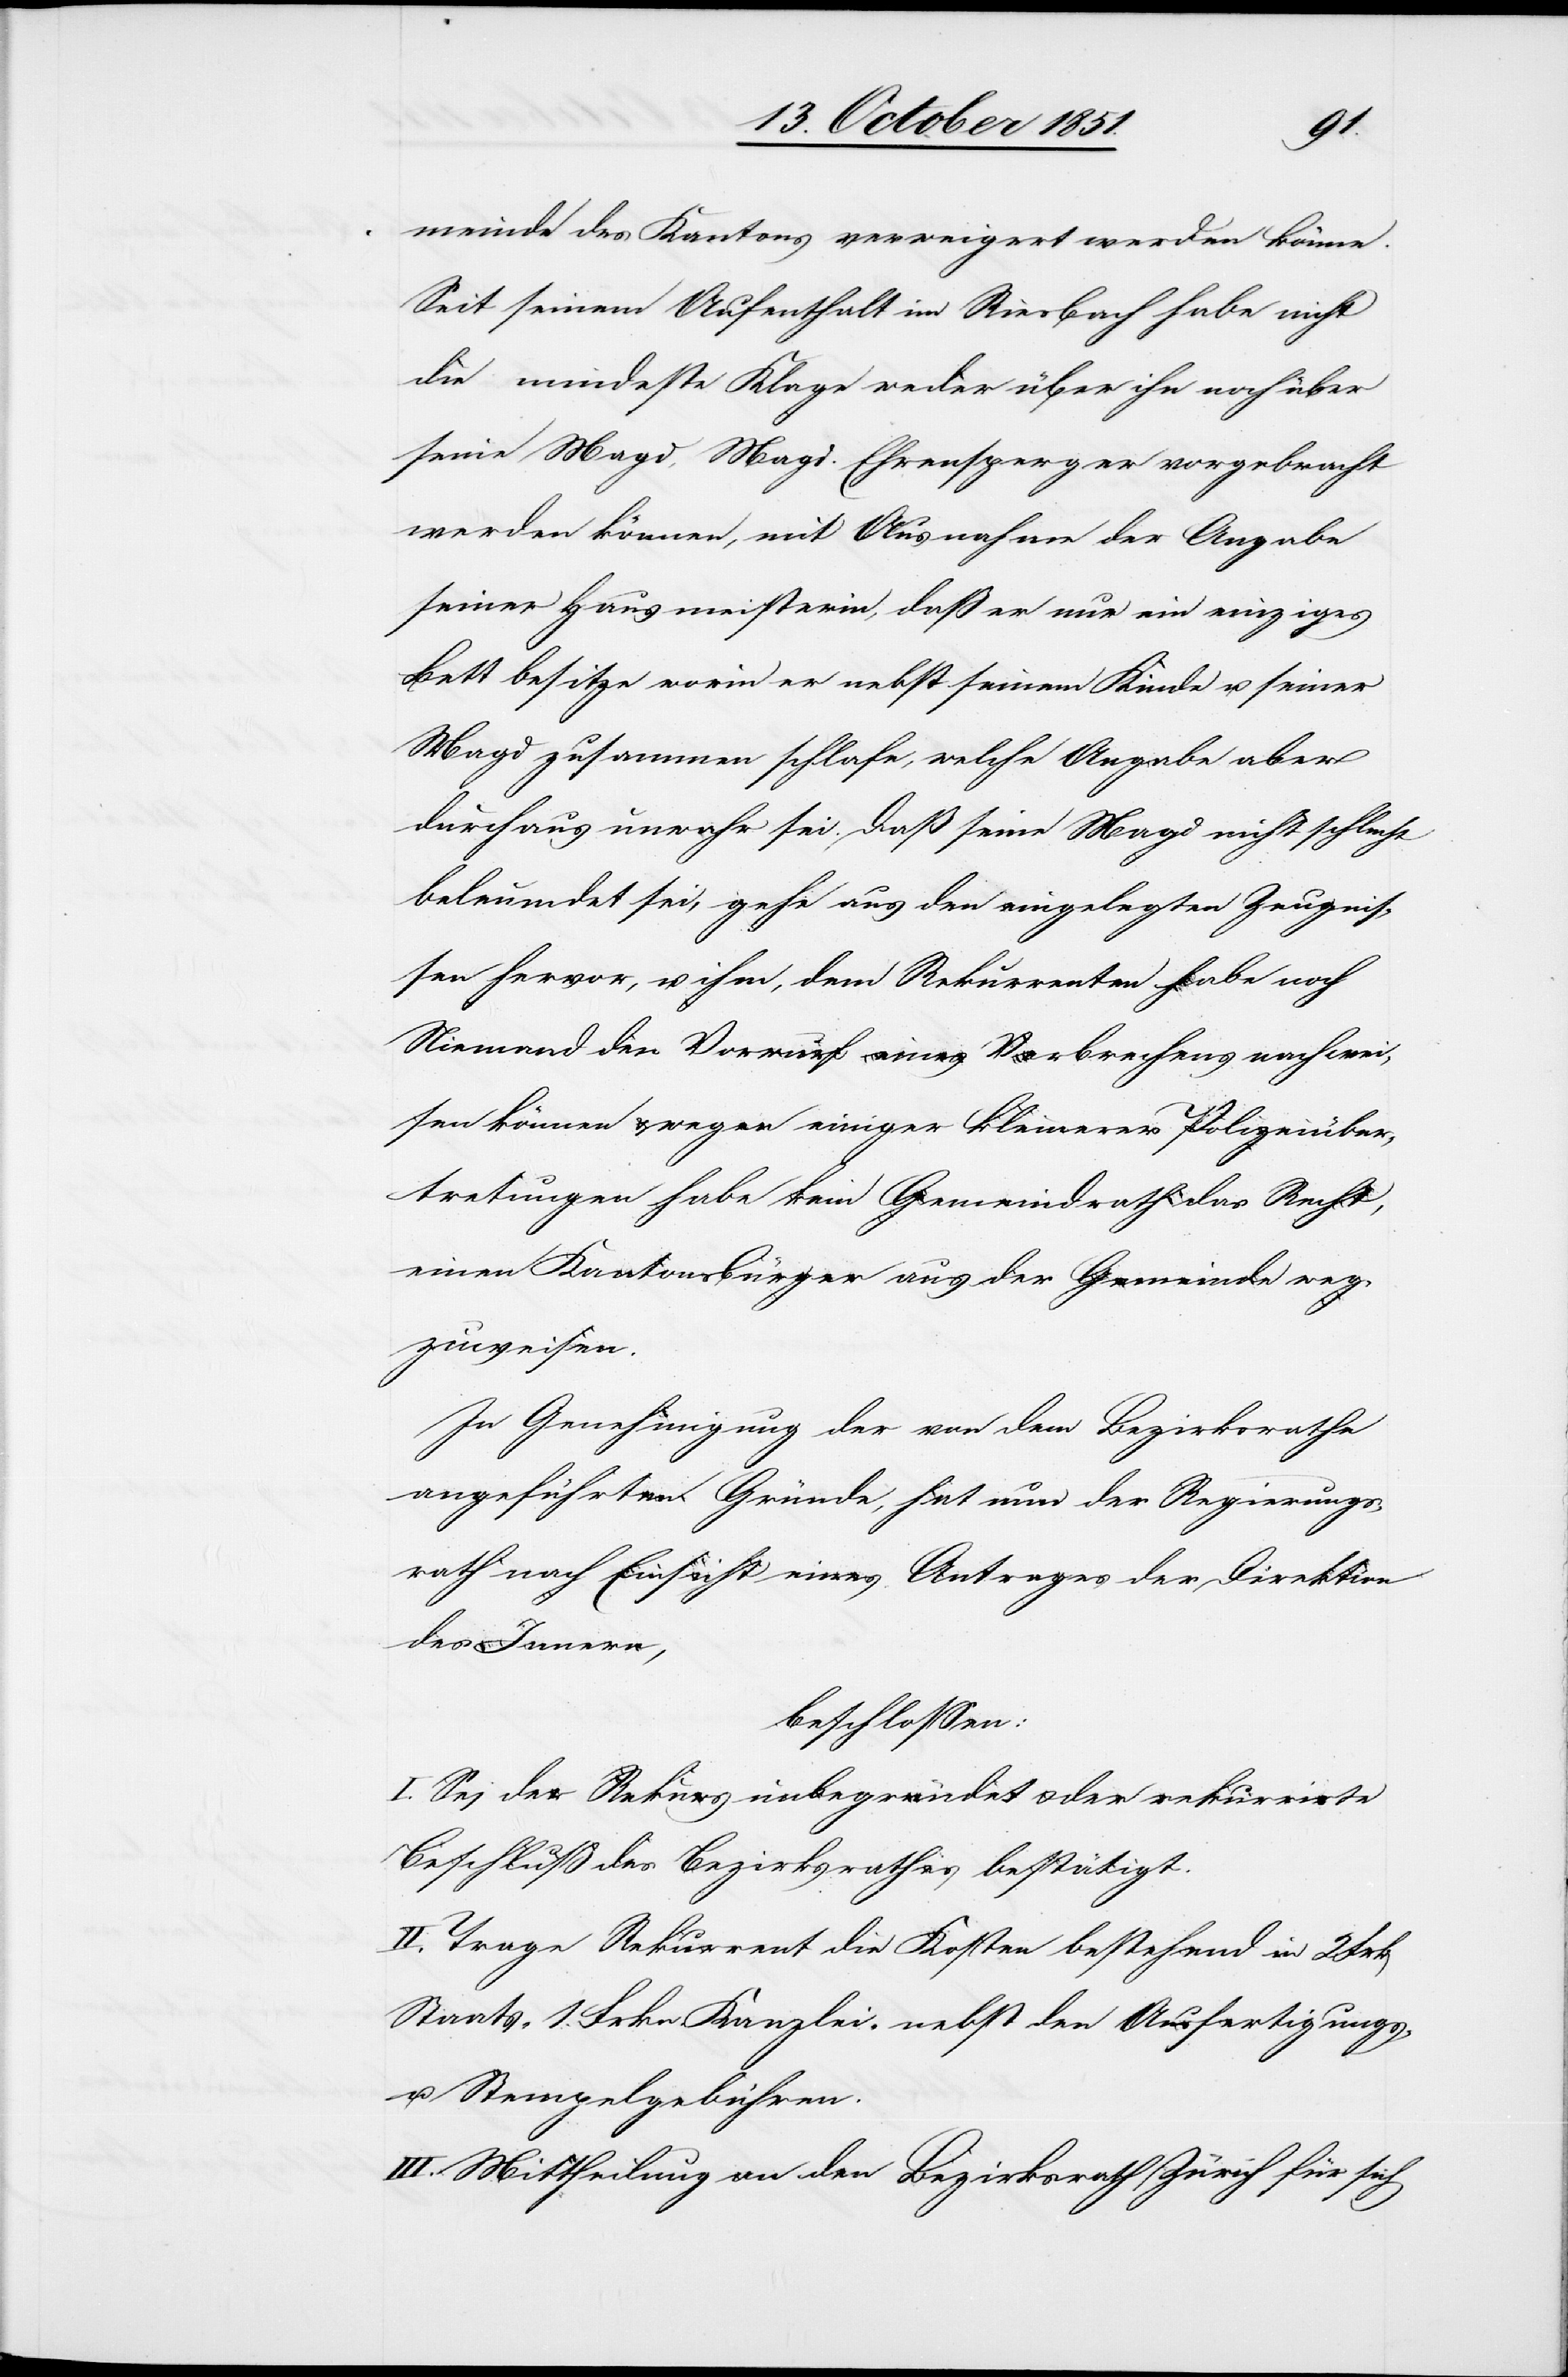
meinde des Kantons verweigert werden könne.
Seit seinem Aufenthalt im Riesbach habe nicht
die mindeste Klage weder über ihn noch über
seine Magd, Magd. Ehrensperger vorgebracht
werden können, mit Ausnahme der Angabe
seiner Hausmeisterin, daß er nur ein einziges
Bett besitze worin er nebst seinem Kinde u. seiner
Magd zusammen schlafe, welche Angabe aber
durchaus unwahr sei. Daß seine Magd nicht schlecht
beleumdet sei, gehe aus den eingelegten Zeugnis¬
sen hervor, u. ihm, dem Rekurrenten habe noch
Niemand den Vorwurf eines Verbrechens nachwei¬
sen können & wegen einiger kleinerer Polizeiüber¬
tretungen habe kein Gemeindrath das Recht,
einen Kantonsbürger aus der Gemeinde weg¬
zuweisen.
In Genehmigung der von dem Bezirksrathe
angeführten Gründe, hat nun der Regierungs¬
rath nach Einsicht eines Antrages der Direktion
des Innern,
beschlossen:
I. Sei der Rekurs unbegründet & der rekurrirte
Beschluß des Bezirksrathes bestätigt.
II. Trage Rekurrent die Kosten bestehend in 2 Frk
Staats-[,] 1. Frkn. Kanzlei- nebst den Ausfertigungs-
u. Stempelgebühren.
III. Mittheilung an den Bezirksrath Zürich für sich